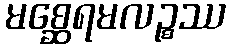
မစ္ဆေရမလဉ္စဿ